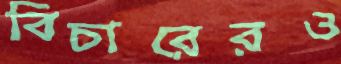
বিচারেরও